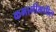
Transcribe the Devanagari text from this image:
कमानींमधील